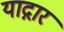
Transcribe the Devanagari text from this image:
याद्गार